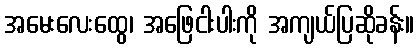
အမေးလေးထွေ၊ အဖြေငါးပါးကို အကျယ်ပြဆိုခန်း။